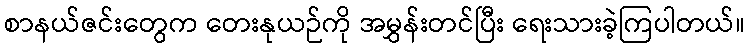
စာနယ်ဇင်းတွေက တေးနုယဉ်ကို အမွှန်းတင်ပြီး ရေးသားခဲ့ကြပါတယ်။